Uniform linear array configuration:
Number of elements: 64
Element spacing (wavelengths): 0.5
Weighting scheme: cosine
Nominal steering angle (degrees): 45
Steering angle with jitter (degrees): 44.371
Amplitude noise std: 0.05
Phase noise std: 0.05

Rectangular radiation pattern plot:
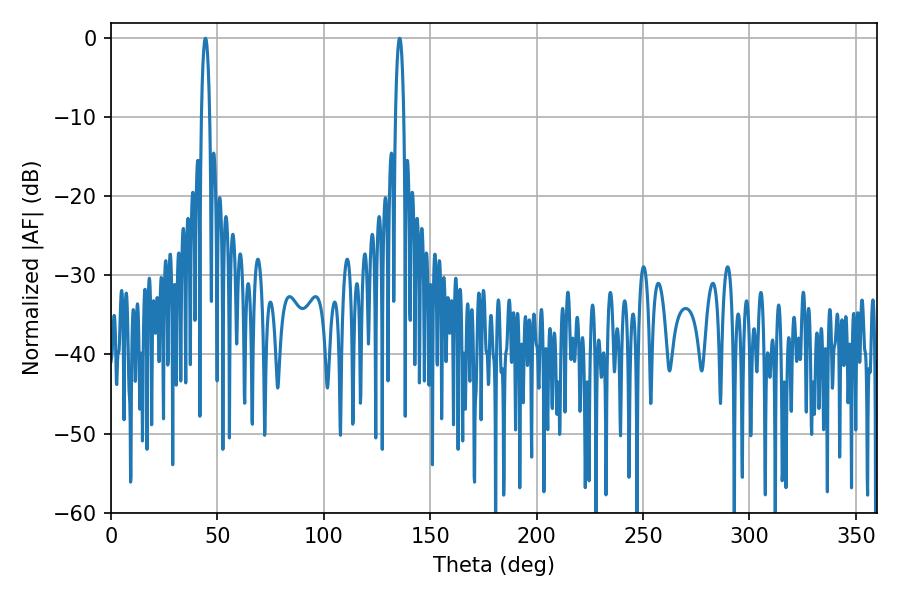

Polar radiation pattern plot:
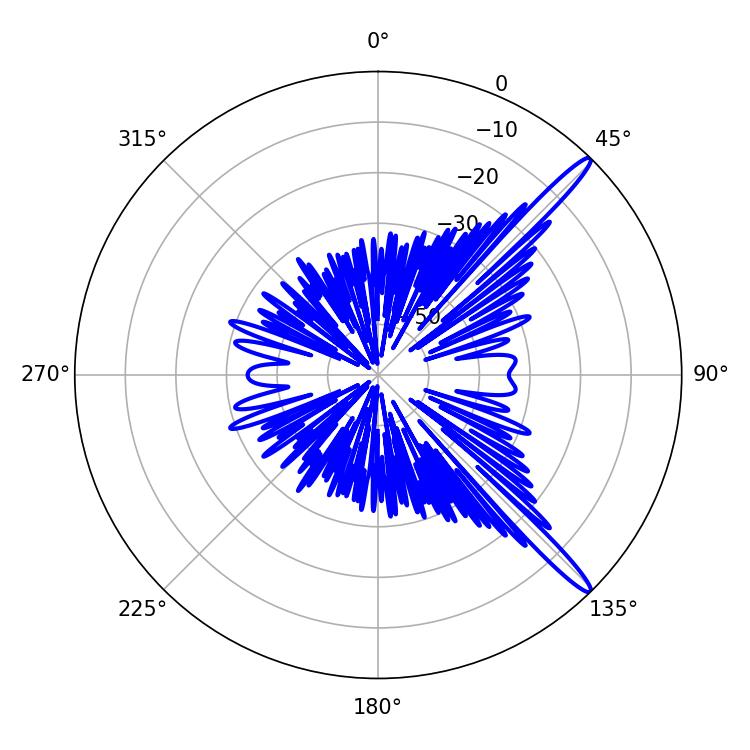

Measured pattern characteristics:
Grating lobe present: FALSE
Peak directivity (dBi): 15.12
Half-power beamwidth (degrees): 2.16
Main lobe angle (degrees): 135.54